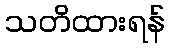
သတိထားရန်